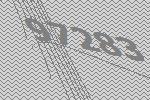
97283